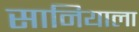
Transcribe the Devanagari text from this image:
सानियाला